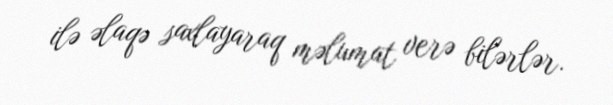
ilə əlaqə saxlayaraq məlumat verə bilərlər.